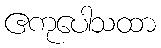
ဧကုပေါသထာ